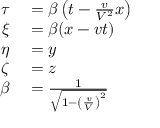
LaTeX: \begin{array} { r l } { \tau } & { { } = \beta \left( t - { \frac { v } { V ^ { 2 } } } x \right) } \\ { \xi } & { { } = \beta ( x - v t ) } \\ { \eta } & { { } = y } \\ { \zeta } & { { } = z } \\ { \beta } & { { } = { \frac { 1 } { \sqrt { 1 - \left( { \frac { v } { V } } \right) ^ { 2 } } } } } \end{array}